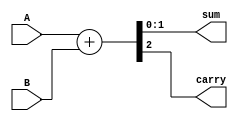
module four_bit_adder(
    input [1:0] A,
    input [1:0] B,
    output [1:0] sum,
    output carry
);

assign {carry, sum} = A + B;

endmodule